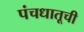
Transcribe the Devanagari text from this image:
पंचधातूची